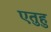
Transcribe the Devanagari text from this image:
एतुहु